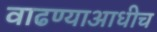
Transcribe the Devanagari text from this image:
वाढण्याआधीच